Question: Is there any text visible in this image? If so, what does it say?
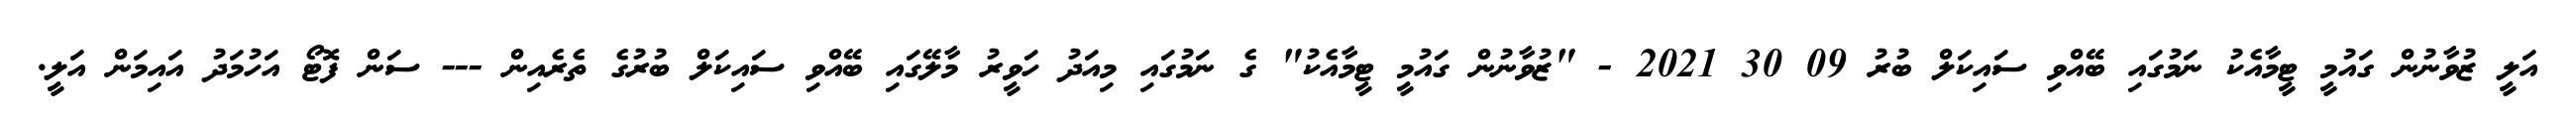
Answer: އަލީ ޒުވާނުން ގައުމީ ޓީމާއެކު ނަމުގައި ބޭއްވި ސައިކަލް ބުރު 09 30 2021 - "ޒުވާނުން ގައުމީ ޓީމާއެކު" ގެ ނަމުގައި މިއަދު ހަވީރު މާލޭގައި ބޭއްވި ސައިކަލް ބުރުގެ ތެރެއިން --- ސަން ފޮޓޯ އަހުމަދު އައިމަން އަލީ.